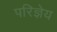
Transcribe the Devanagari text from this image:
परिज्ञेय